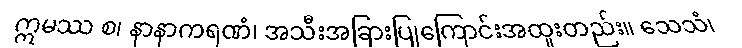
ဣမဿ စ၊ နာနာကရဏံ၊ အသီးအခြားပြုကြောင်းအထူးတည်း။ သေသံ၊